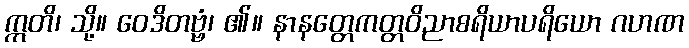
ဣတိ၊ သို့။ ဝေဒိတဗ္ဗံ၊ ၏။ နာနတ္တေကတ္တဝိညာစရိယာပရိယော ဂဟဏ